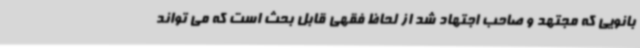
بانویی که مجتهد و صاحب اجتهاد شد از لحاظ فقهی قابل بحث است که می تواند